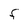
Character: F